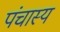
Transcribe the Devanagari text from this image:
पंचास्य